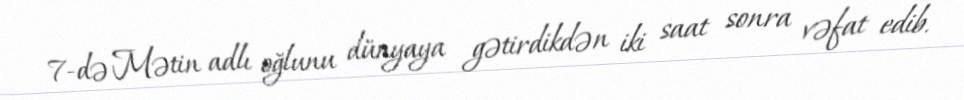
7-də Mətin adlı oğlunu dünyaya gətirdikdən iki saat sonra vəfat edib.